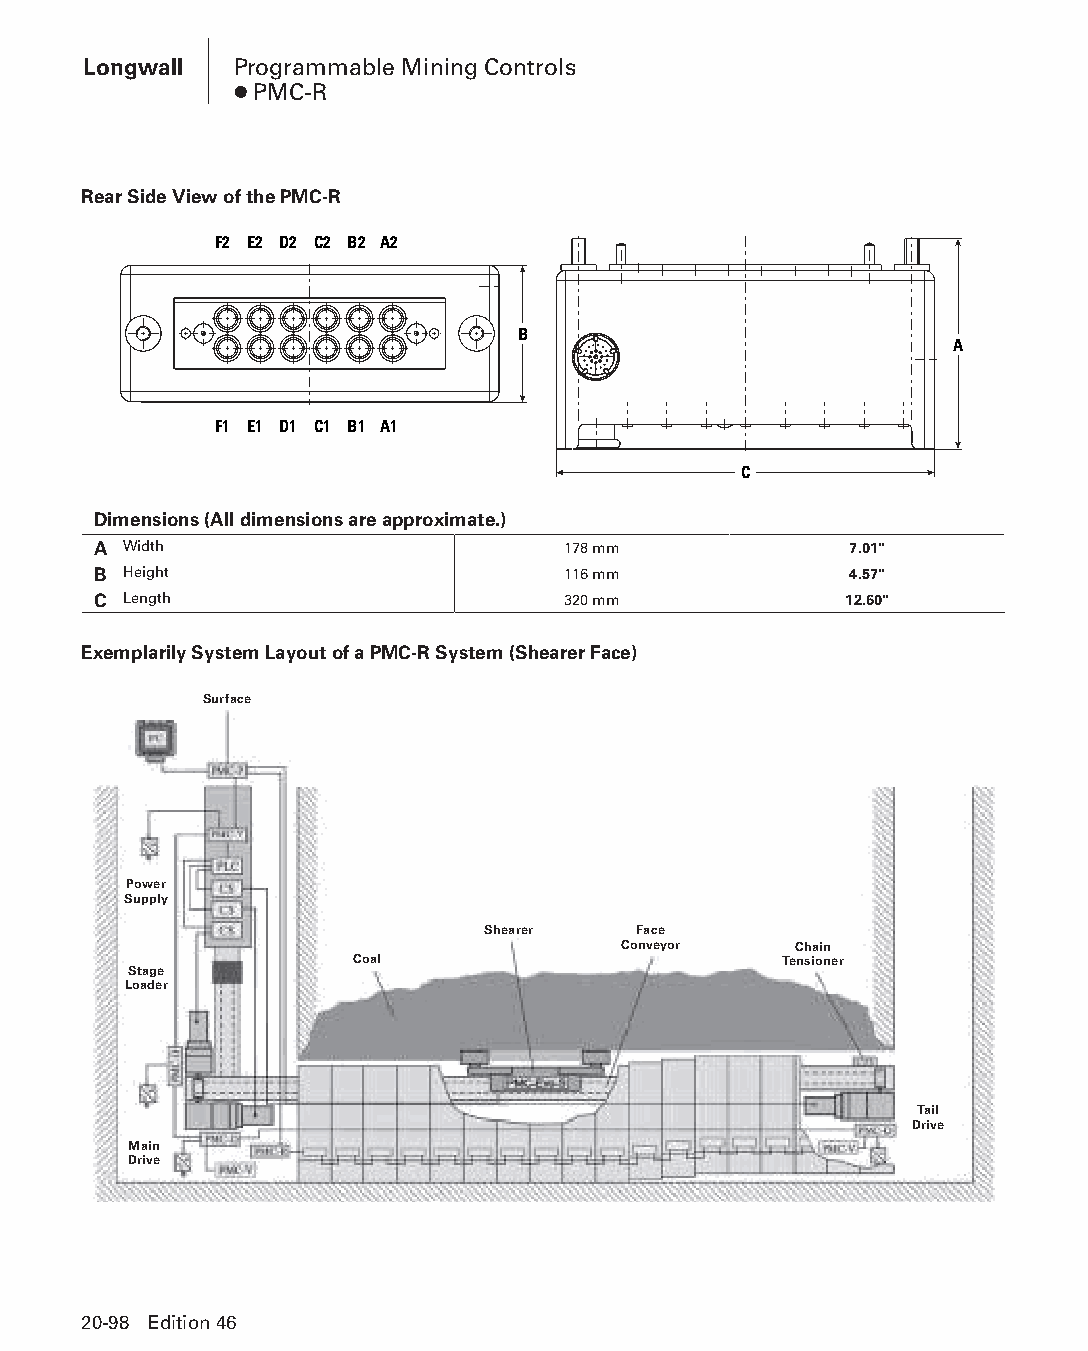
Longwall  Programmable Mining Controls
 ● PMC-R
 Rear Side View of the PMC-R
 F2 E2 D2 C2 B2 A2
 B
 A
 F1 E1 D1 C1 B1 A1
 C
 Dimensions (All dimensions are approximate.)
 A Width                        178 mm             7.01"
 B Height                       116 mm             4.57"
 C Length                       320 mm            12.60"
 Exemplarily System Layout of a PMC-R System (Shearer Face)
 Surface
 Power
 Supply
 Shearer   Face
 Conveyor    Chain
 Coal                        Tensioner
 Stage
 Loader
 Tail
 Drive
 Main
 Drive
 20-98 Edition 46
 PPHHBB--SSeecc2200--LLoonnggwwaallll((ppgg002255--112200))..iinndddd 9988 1122//44//1155 1111::0022 AAMM